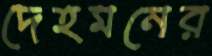
দেহমনের